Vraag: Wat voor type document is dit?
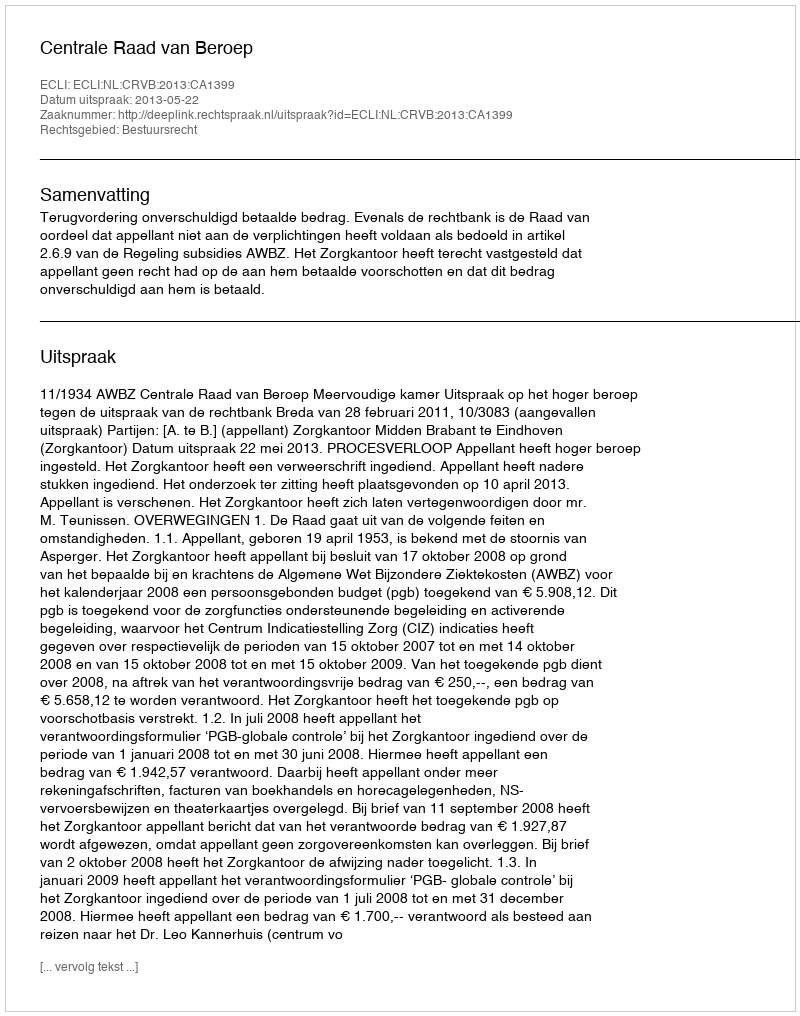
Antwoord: Uitspraak